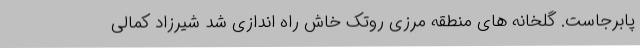
پابرجاست. گلخانه های منطقه مرزی روتک خاش راه اندازی شد شیرزاد کمالی